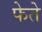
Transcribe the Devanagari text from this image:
फेते